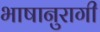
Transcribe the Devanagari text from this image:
भाषानुरागी